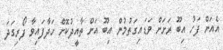
އެއަށް ފަހު އިބޫ ރަށަށް ވަޑައިގަތުމުން އިބޫ އަށް ތާއީދުކޮށް ހަދާފައިވާ ފޯރިގަދަ